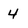
Character: 4